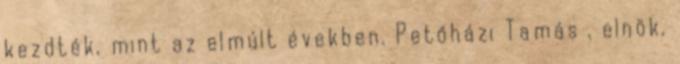
kezdték, mint az elmúlt években. Petőházi Tamás , elnök,